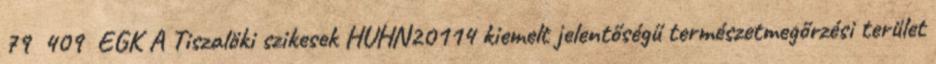
79 409 EGK A Tiszalöki szikesek HUHN20114 kiemelt jelentőségű természetmegőrzési terület